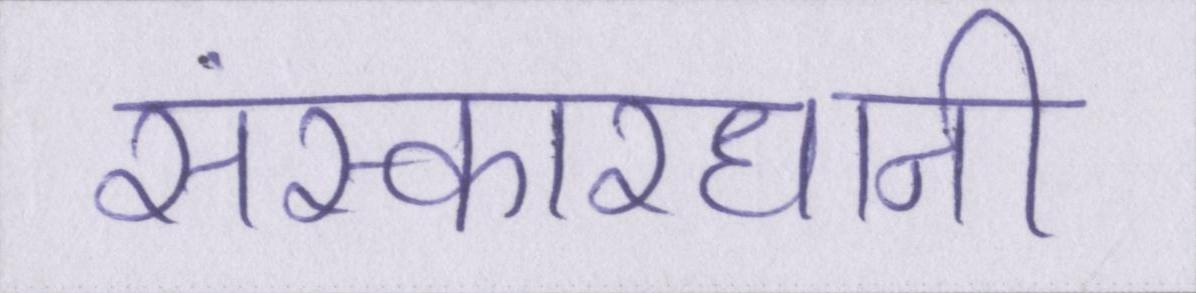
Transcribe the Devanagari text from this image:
संस्कारधानी